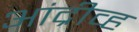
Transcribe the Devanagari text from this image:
आंद्रीव्ह